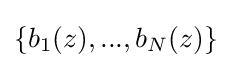
\left\{b_{1}(z),...,b_{N}(z)\right\}